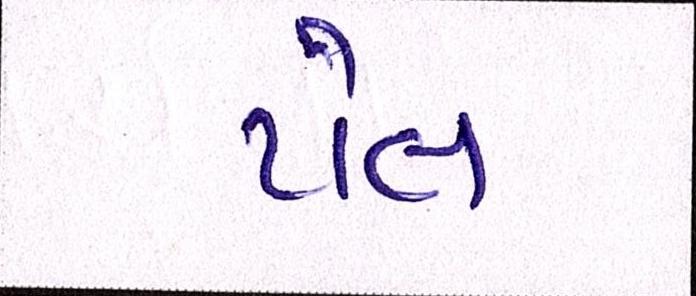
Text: ટોલ